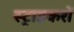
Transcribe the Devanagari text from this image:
स्ट्राइकरों